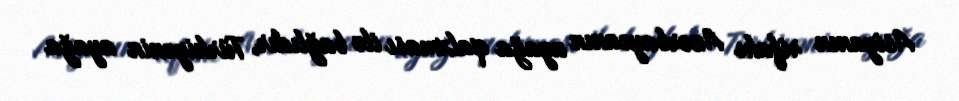
Asiyanın rifahı Azərbaycanın ayağa qalxması ilə bağlıdır, Türkiyənin ayağa